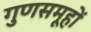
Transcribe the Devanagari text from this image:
गुणसमूहों